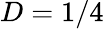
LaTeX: D=1/4